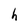
Character: h